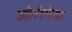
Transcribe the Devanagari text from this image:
ओलेमेक